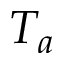
T _ { a }